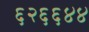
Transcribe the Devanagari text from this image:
६२६६४४